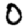
Digit: 0